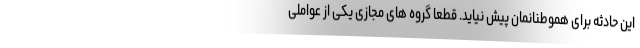
این حادثه برای هموطنانمان پیش نیاید. قطعا گروه های مجازی یکی از عواملی